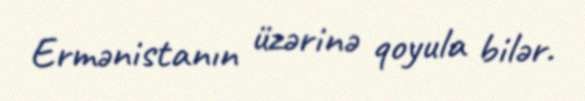
Ermənistanın üzərinə qoyula bilər.